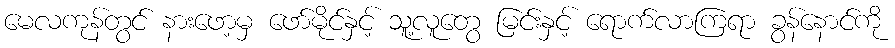
မေလကုန်တွင် နားဖော့မှ ဖော်မိုင်နှင့် သူ့လူတွေ မြင်းနှင့် ရောက်လာကြရာ ခွန်နောင်ကို